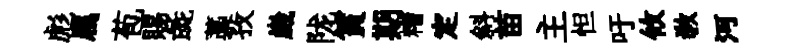
彪属苞賜彘藁孜崴陇篔期糟定斜苗主怛吁攸敎河